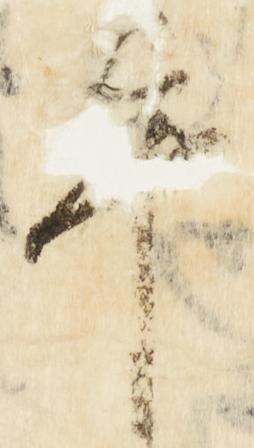
畢